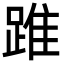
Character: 踓